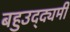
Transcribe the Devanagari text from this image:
बहुउद्द्यमी